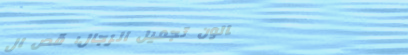
صالون تجميل الرجال: قص ال